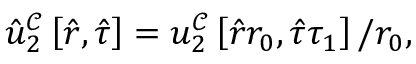
\hat { u } _ { 2 } ^ { \mathcal { C } } \left[ \hat { r } , \hat { \tau } \right] = u _ { 2 } ^ { \mathcal { C } } \left[ \hat { r } r _ { 0 } , \hat { \tau } \tau _ { 1 } \right] / r _ { 0 } ,